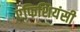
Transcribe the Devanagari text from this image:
एफिशियंसी